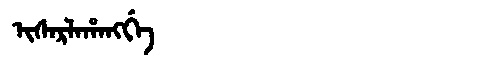
Manchu: ᡳᠰᠠᡵᠯᠠᡥᠠᠩᡤᡝ
Romanization: ISARLAHANGGE